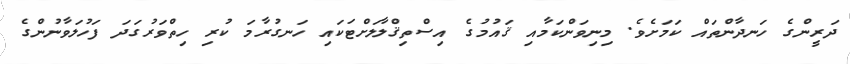
ދަރީންގެ ހަނދާންތައް ކަމަށެވެ. މިނިވަންކަމާއި ޤައުމުގެ އިސްތިޤްލާލަށްޓަކައި ހަނގުރާމަ ކުރި ހިތްވަރުގަދަ ފަހުލަވާނުންގެ